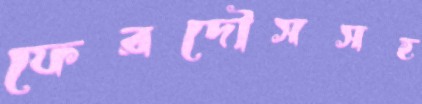
ফেরদৌসসহ